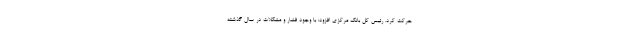
حرکت کرد. رئیس کل بانک مرکزی افزود: با وجود فشار و مشکلات در سال گذشته